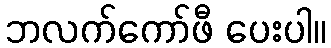
ဘလက်ကော်ဖီ ပေးပါ။